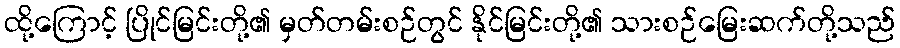
ထို့ကြောင့် ပြိုင်မြင်းတို့၏ မှတ်တမ်းစဉ်တွင် နိုင်မြင်းတို့၏ သားစဉ်မြေးဆက်တို့သည်